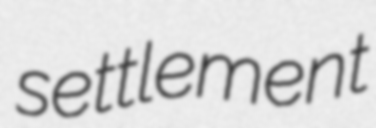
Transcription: settlement